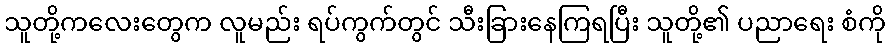
သူတို့ကလေးတွေက လူမည်း ရပ်ကွက်တွင် သီးခြားနေကြရပြီး သူတို့၏ ပညာရေး စံကို